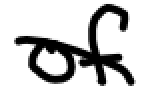
Text: of
Cross-out: mix
Writing tool: digital_black